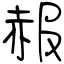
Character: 赧